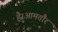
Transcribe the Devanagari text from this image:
है।आमतौर